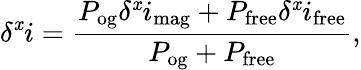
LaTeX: \delta^{\mathit{x}}i=\frac{{P_{\mathrm{{og}}}\delta^{\mathit{x}}i_{\mathrm{{mag}}}+P_{\mathrm{{free}}}\delta^{\mathit{x}}i_{\mathrm{{free}}}}}{{P_{\mathrm{{og}}}+P_{\mathrm{{free}}}}},